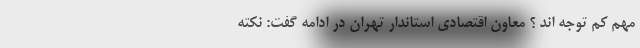
مهم کم توجه اند ؟ معاون اقتصادی استاندار تهران در ادامه گفت: نکته